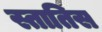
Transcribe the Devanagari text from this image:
स्तातिस